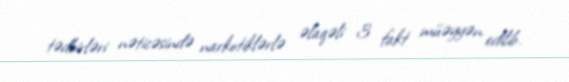
tədbirləri nəticəsində narkotiklərlə əlaqəli 3 fakt müəyyən edilib.